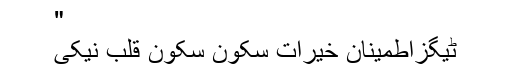
"
ٹیگزاطمینان خیرات سکون سکون قلب نیکی